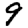
Digit: 9